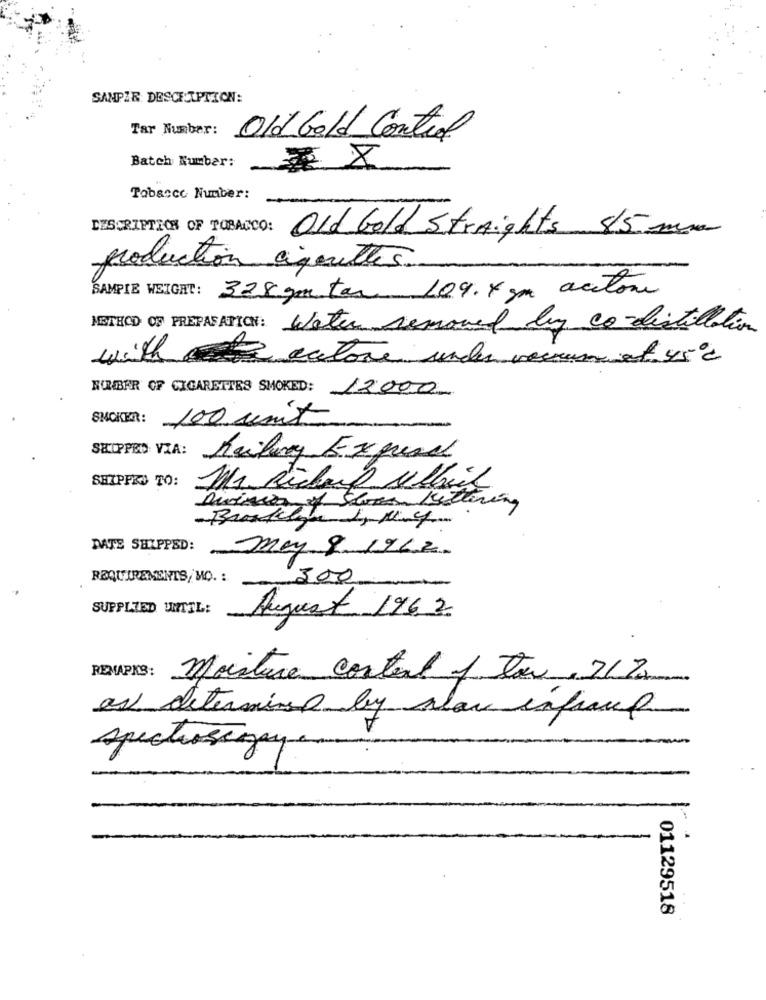
SAMPIE DESCRIPTION:
Tar Number:
Old Gold Control
Batch Number:
* X
Tobacco Number:
DESCRIPTION OF TOBACCO:
Old Gold Straights 5/5mm
production cigarettes.
SAMPIE WEIGHT: 328 go tar 109.4 mm acetone
METHOD OF PREPARATION: Water removed by co-distillation
with cata acetone under vousument 45℃
EURBER OF CIGARETTES SMOKED: 12000
SNOKER:
100 unis
SKIPPED VIA: Railway Expund
SHIPPED TO:
Mr. Richard Allait
Division of Sloan Kettering
DATE SHIPPED:
my 9. 1962.
REQUIREMENTS, MO. :
300
SUPPLIED UNTIL:
August 1962
REMARKS: Moisture Costal 1 ton. 21%
as determined by law infrance
spechosegegen
01129518